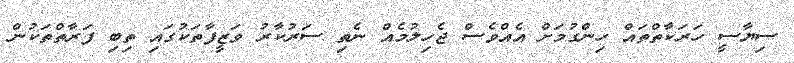
ސިޔާސީ ހަރަކާތްތައް ހިންގުމަށް އެއްވެސް ޖެހިލުމެއް ނެތި ސަރުކާރު ވަޒީފާތަކުގައި ތިބި ފަރާތްތަކުން